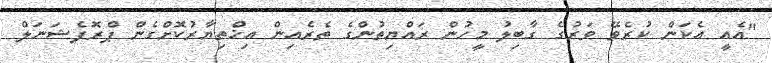
"އެއީ އެކަން ކުރެވޭ ވަރުގެ ގާބިލު މީހުން ރައްޔިތުންގެ ތެރެއިން އިޚްތިޔާރުކޮށްގެން ޕްރޮފެޝަނަލް